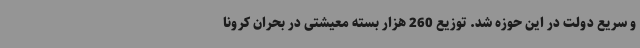
و سریع دولت در این حوزه شد. توزیع 260 هزار بسته معیشتی در بحران کرونا